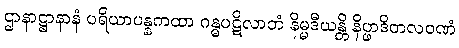
ဌာနာဋ္ဌာနာနံ ပရိယာပန္နကထာ ဂန္ဓပဋိလာဘံ နိမ္မဒီယန္တိ နိပ္ဖာဒိတလဝဏံ